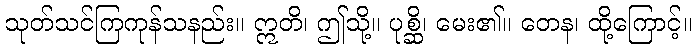
သုတ်သင်ကြကုန်သနည်း။ ဣတိ၊ ဤသို့။ ပုစ္ဆိ၊ မေး၏။ တေန၊ ထို့ကြောင့်။